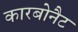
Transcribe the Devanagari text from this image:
कारबोनैट